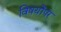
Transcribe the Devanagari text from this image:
विषयोंपर